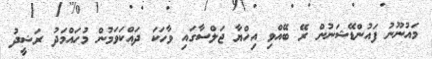
މައުނޫނު ފައުންޑޭޝަނުން ރޭ ބޭއްވި އިހްޔާ ޖަލްސާގައި ވާހަކަ ދައްކަވަމުން މުހައްމަދު ރަޝީދު